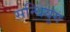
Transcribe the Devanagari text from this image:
सन्धियुग